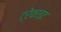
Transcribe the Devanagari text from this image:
ट्रेकाइट